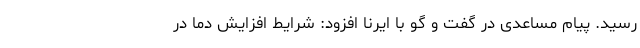
رسید. پیام مساعدی در گفت و گو با ایرنا افزود: شرایط افزایش دما در